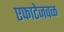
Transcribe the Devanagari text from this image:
एफाटेजवळ